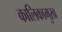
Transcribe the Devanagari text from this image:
कालिकामुख